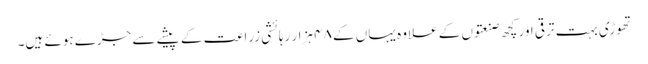
تھوڑی بہت ترقی اور کچھ صنعتوں کے علاوہ یہاں کے ۴۸ ہزار رہائشی زراعت کے پیشے سے جڑے ہوئے ہیں۔